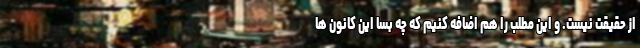
از حقیقت نیست. و این مطلب را هم اضافه کنیم که چه بسا این کانون ها